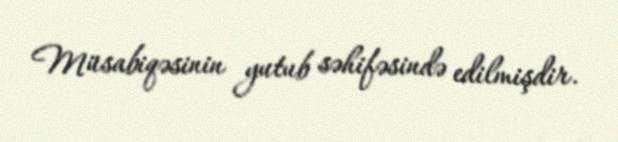
Müsabiqəsinin yutub səhifəsində edilmişdir.